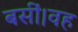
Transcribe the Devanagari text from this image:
बसीं।वह